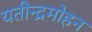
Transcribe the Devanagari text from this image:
यतीन्द्रमोहन